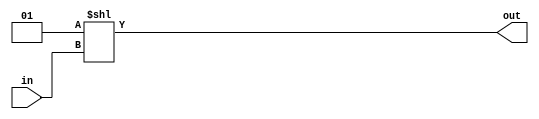
module decoder_2bit (in, out);
input [1:0]in;
output[3:0]out; 
 
assign out = 1 << in; 
 
endmodule